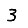
Digit: 3